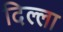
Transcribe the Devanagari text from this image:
दिल्ला